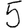
Digit: 5